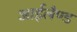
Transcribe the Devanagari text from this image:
आईलैण्‍ड